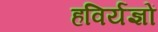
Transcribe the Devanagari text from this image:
हविर्यज्ञों